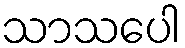
သာသပေါ